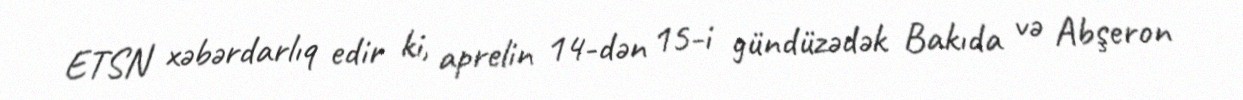
ETSN xəbərdarlıq edir ki, aprelin 14-dən 15-i gündüzədək Bakıda və Abşeron